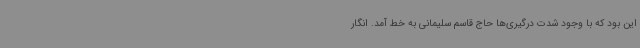
این بود که با وجود شدت درگیری‌ها حاج قاسم سلیمانی به خط آمد. انگار